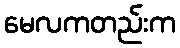
မေလကတည်းက